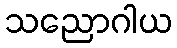
သညောဂါယ